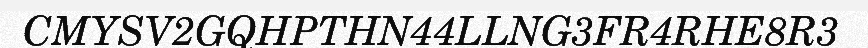
CMYSV2GQHPTHN44LLNG3FR4RHE8R3